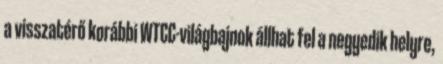
a visszatérő korábbi WTCC-világbajnok állhat fel a negyedik helyre,